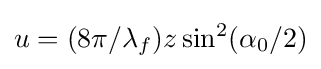
u=(8\pi /\lambda _{f})z\sin ^{2}(\alpha _{0}/2)